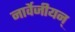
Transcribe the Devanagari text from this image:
नार्वेजीयन्